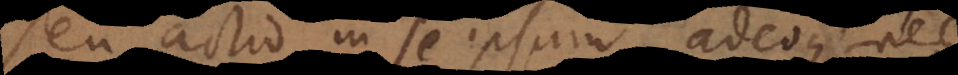
seu actio in se ipsum adeoque nec